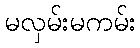
မလှမ်းမကမ်း